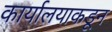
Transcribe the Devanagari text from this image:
कार्यालयाकडून